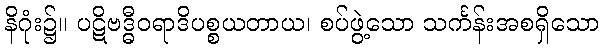
နိဂုံး၌။ ပဋိဗဒ္ဓီဝရာဒိပစ္စယတာယ၊ စပ်ဖွဲ့သော သင်္ကန်းအစရှိသော